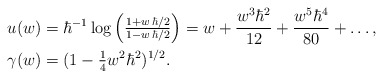
\begin{align*}u(w)&=\hbar^{-1}\log \left(\tfrac{1+w \,\hbar/2}{1-w\,\hbar/2}\right)=w+\frac{w^3 \hbar ^2}{12}+\frac{w^5 \hbar ^4}{80}+\dots,\\\gamma(w)&=(1-\tfrac14w^2\hbar^2)^{1/2}.\end{align*}